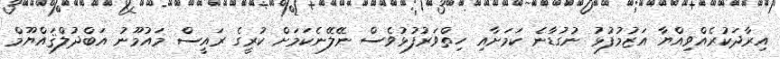
އިރާދަކުރެއްވިއްޔާ އަޒުމުފުޅު ނުގުޑާނެ ކަމަށާއި ހިތްވަރުފުޅުވެސް ނޭލޭނެކަމަށް ކުރީގެ ރައީސް މައުމޫނު އަބްދުލްޤައްޔޫމް